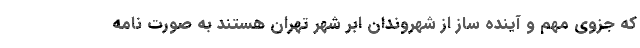
که جزوی مهم و آینده ساز از شهروندان ابر شهر تهران هستند به صورت نامه